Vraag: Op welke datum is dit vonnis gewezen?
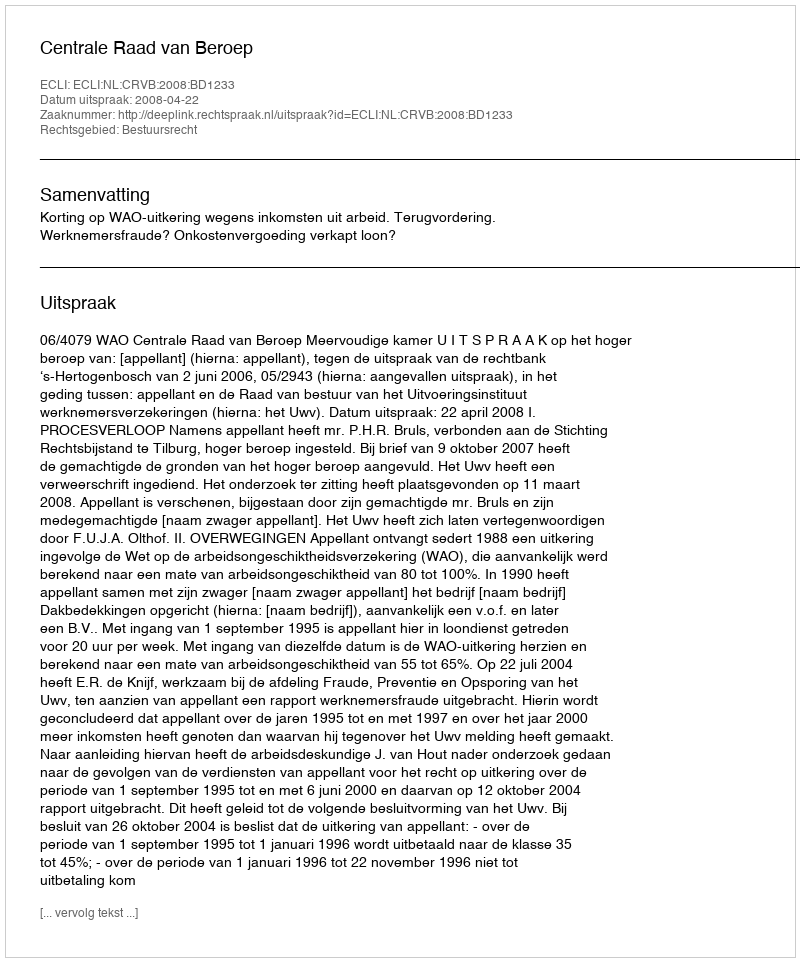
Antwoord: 2008-04-22